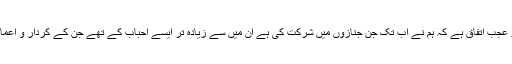
ایک تو رموز تعزیت سے ناواقفیت کی وجہ سے جنازوں میں ہمارے لئے اظہار غم دوبھر ہوتا ہے، دوسرے عجب اتفاق ہے کہ ہم نے اب تک جن جنازوں میں شرکت کی ہے ان میں سے زیادہ تر ایسے احباب کے تھے جن کے کردار و اعمال سے ہم اتنی اچھی طرح واقف تھے کہ انہیں اچھا کہنا ہمارے لئے زہر ہلاہل کو قند کہنے کے مترادف تھا۔